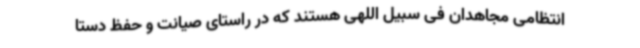
انتظامی مجاهدان فی سبیل اللهی هستند که در راستای صیانت و حفظ دستا